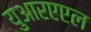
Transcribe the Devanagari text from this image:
युआरएएल